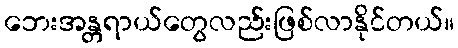
ဘေးအန္တရာယ်တွေလည်းဖြစ်လာနိုင်တယ်။